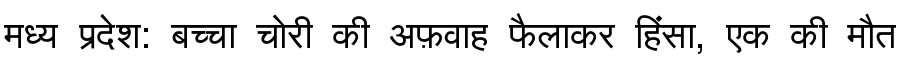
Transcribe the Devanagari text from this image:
मध्य प्रदेश: बच्चा चोरी की अफ़वाह फैलाकर हिंसा, एक की मौत